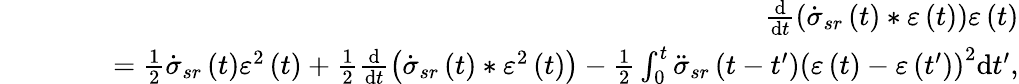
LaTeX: \begin{array}{rlr}&{}&{\frac{\mathrm{d}}{\mathrm{d}t}\left(\dot{\sigma}_{sr}\left(t\right)\ast\varepsilon\left(t\right)\right)\varepsilon\left(t\right)}\\ &{}&{\qquad=\frac{1}{2}\dot{\sigma}_{sr}\left(t\right)\varepsilon^{2}\left(t\right)+\frac{1}{2}\frac{\mathrm{d}}{\mathrm{d}t}\left(\dot{\sigma}_{sr}\left(t\right)\ast\varepsilon^{2}\left(t\right)\right)-\frac{1}{2}\int_{0}^{t}\ddot{\sigma}_{sr}\left(t-t^{\prime}\right)\left(\varepsilon\left(t\right)-\varepsilon\left(t^{\prime}\right)\right)^{2}\mathrm{d}t^{\prime},}\end{array}